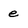
Character: e